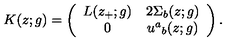
K ( z ; g ) = \left( \begin{array} { c c } { L ( z _ { + } ; g ) } & { 2 \Sigma _ { b } ( z ; g ) } \\ { 0 } & { u ^ { a } { } _ { b } ( z ; g ) } \\ \end{array} \right) .